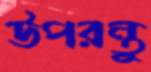
উপরন্তু